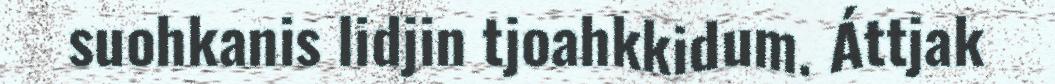
suohkanis lidjin tjoahkkidum. Áttjak